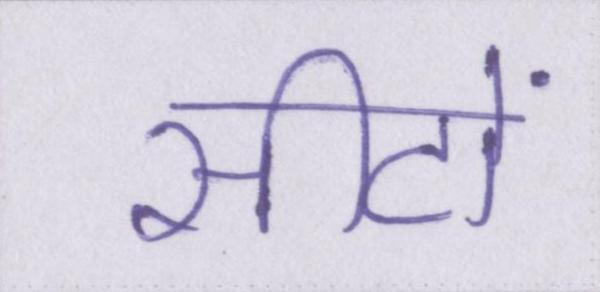
सीटों